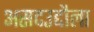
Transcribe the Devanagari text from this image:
असदउद्दौला